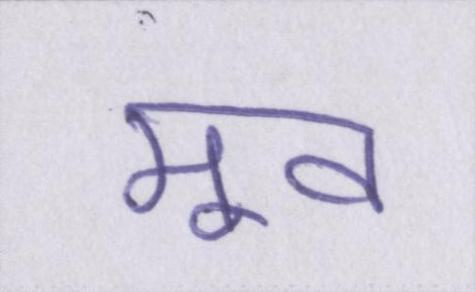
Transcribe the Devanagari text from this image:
मूव